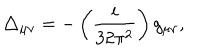
\triangle _ { \mu \nu } = - \left( \frac { i } { 3 2 \pi ^ { 2 } } \right) g _ { \mu \nu } ,